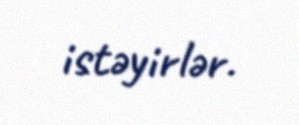
istəyirlər.